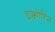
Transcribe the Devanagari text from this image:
इक्वोरिन